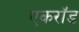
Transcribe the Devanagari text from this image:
एकरॉड